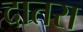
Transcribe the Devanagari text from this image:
दातरा